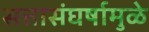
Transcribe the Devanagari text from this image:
सत्तासंघर्षामुळे